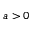
a > 0